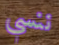
ننسي